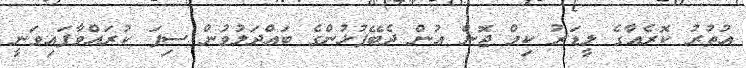
އުތުރު ކޮރެއާގެ ލީޑަރު ކިމް ޖޮން އުން ދެބޭފުޅުންގެ ބައްދަލުވުން ސިފަ ކުރައްވާފައިވަނީ